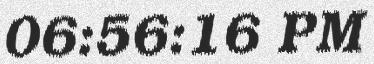
06:56:16 PM